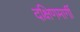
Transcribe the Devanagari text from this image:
दक्षिणमार्गी